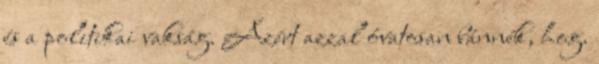
és a politikai vakság. Azért azzal óvatosan bánnék, hog.